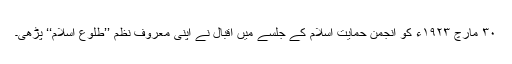
٣٠ مارچ ١٩٢٣ء کو انجمن حمایت اسلام کے جلسے میں اقبال نے اپنی معروف نظم ’’طلوع اسلام‘‘ پڑھی۔